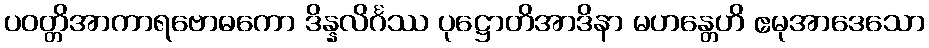
ပဝတ္တိအာကာရဗောဓကော ဒိန္နလိင်္ဂဿ ပုဋ္ဌောတိအာဒိနာ မဟန္တေဟိ ဧမုအာဒေသော